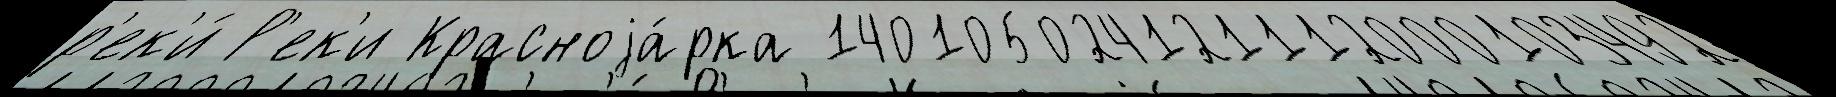
р'ек'и́ Р'ек'и Красноjа́рка 140105024121112000103492